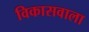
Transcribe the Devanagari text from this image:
विकासवाला